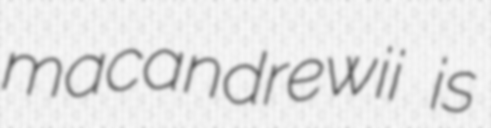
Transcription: macandrewii is